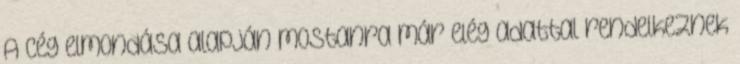
A cég elmondása alapján mostanra már elég adattal rendelkeznek